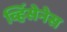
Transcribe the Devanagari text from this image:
व्हिंसेनेस